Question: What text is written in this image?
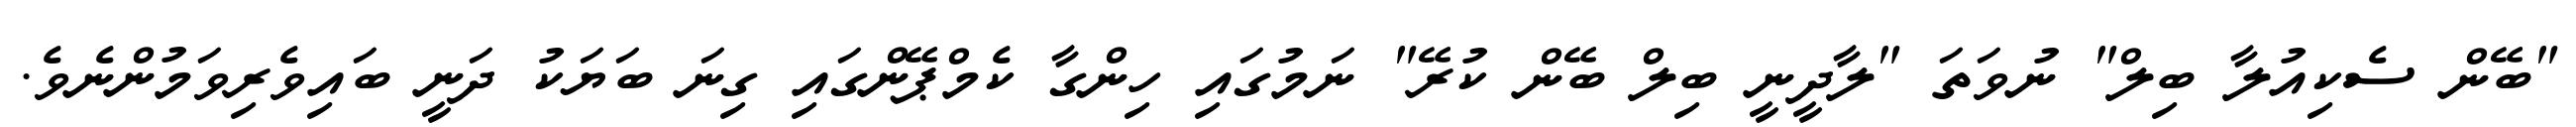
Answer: "ބޭން ސެކިއުލާ ބިލް" ނުވަތަ "ލާދީނީ ބިލް ބޭން ކުރޭ" ނަމުގައި ހިންގާ ކެމްޕޭންގައި ގިނަ ބަޔަކު ދަނީ ބައިވެރިވަމުންނެވެ.